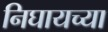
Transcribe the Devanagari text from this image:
निघायच्या